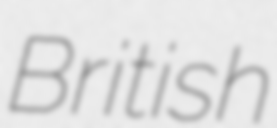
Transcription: British